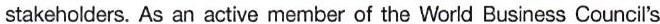
stakeholders. As an active member of the World Business Council's